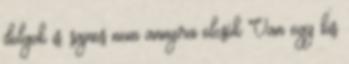
dolgok is. sajnos nem annyira olcsók Van egy kis